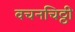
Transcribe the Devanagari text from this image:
वचनचिठ्ठी